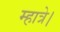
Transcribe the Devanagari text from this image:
म्हात्रे।